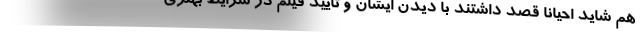
هم شاید احیانا قصد داشتند با دیدن ایشان و تایید فیلم در شرایط بهتری